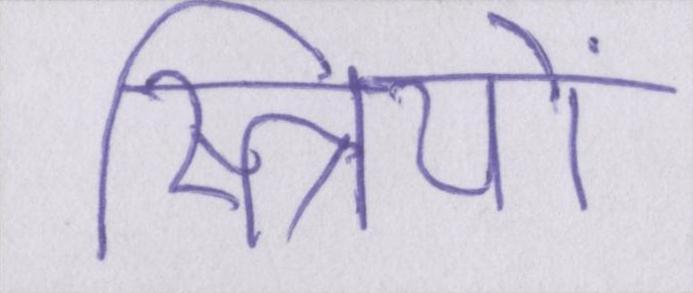
स्त्रियों